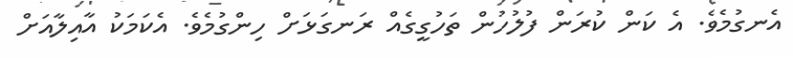
އެނގުމެވެ. އެ ކަން ކުރަން ފުލުހުން ތަހުގީގެއް ރަނގަޅަށް ހިންގުމެވެ. އެކަމަކު އާއިލާއަށް